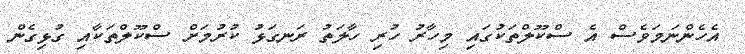
އެހެންނަމަވެސް އެ ސްކޫލްތަކުގައި މިހާރު ހުރި ހާލަތު ރަނގަޅު ކުރުމަށް ސްކޫލްތަކާއި ގުޅިގެން